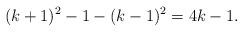
LaTeX: \begin{align*}(k+1)^2-1-(k-1)^2= 4k-1.\end{align*}